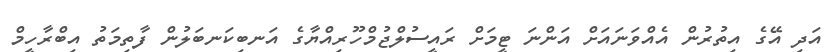
އަދި އޭގެ އިތުރުން އެއްވަނައަށް އަންނަ ޓީމަށް ރައީސުލްޖުމްހޫރިއްޔާގެ އަނބިކަނބަލުން ފާތިމަތު އިބްރާހީމް